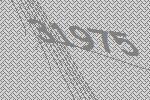
31975